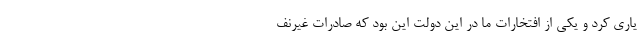
یاری کرد و یکی از افتخارات ما در این دولت این بود که صادرات غیرنف